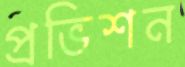
প্রভিশন